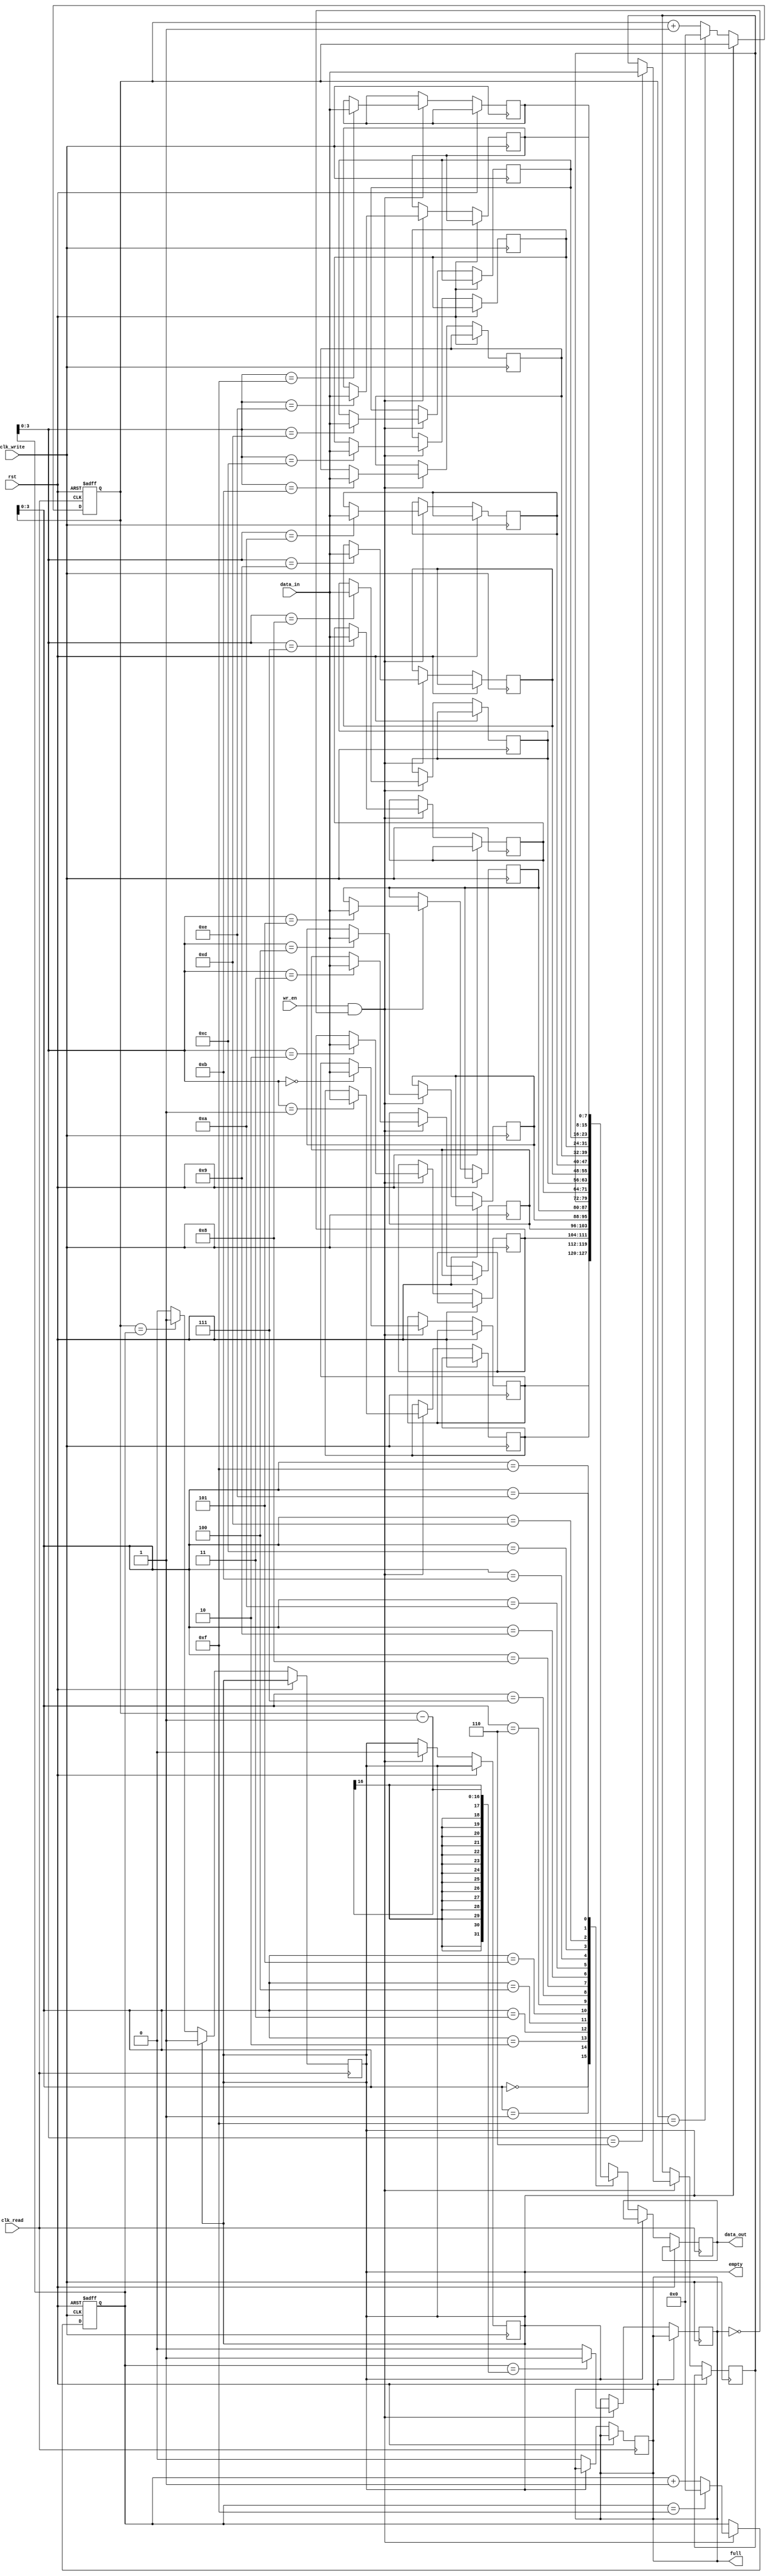
module asynchronous_fifo (
    input wire clk_write, // Clock for write operations
    input wire clk_read, // Clock for read operations
    input wire rst, // Reset signal
    input wire wr_en, // Write enable signal
    input wire [DATA_WIDTH-1:0] data_in, // Data input
    output wire [DATA_WIDTH-1:0] data_out, // Data output
    output reg full, // Flag indicating FIFO is full
    output reg empty // Flag indicating FIFO is empty
);

parameter DEPTH = 16; // Depth of FIFO buffer
parameter DATA_WIDTH = 8; // Data width

reg [DATA_WIDTH-1:0] mem [0:DEPTH-1]; // FIFO memory
reg [DEPTH-1:0] wr_ptr, rd_ptr; // Write and read pointers

// Write operation
always @(posedge clk_write or posedge rst) begin
    if (rst) begin
        wr_ptr <= 0;
    end else if (wr_en && !full) begin
        mem[wr_ptr] <= data_in;
        wr_ptr <= (wr_ptr == DEPTH-1) ? 0 : wr_ptr + 1;
        full <= (wr_ptr == (rd_ptr-1)) ? 1 : 0;
        empty <= 0;
    end
end

// Read operation
always @(posedge clk_read or posedge rst) begin
    if (rst) begin
        rd_ptr <= 0;
    end else if (!empty) begin
        data_out <= mem[rd_ptr];
        rd_ptr <= (rd_ptr == DEPTH-1) ? 0 : rd_ptr + 1;
        full <= 0;
        empty <= (rd_ptr == wr_ptr) ? 1 : 0;
    end
end

endmodule